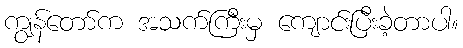
ကျွန်တော်က အသက်ကြီးမှ ကျောင်းပြီးခဲ့တာပါ။